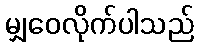
မျှဝေလိုက်ပါသည်